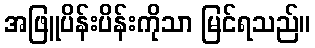
အဖြူပိန်းပိန်းကိုသာ မြင်ရသည်။